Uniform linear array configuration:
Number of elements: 24
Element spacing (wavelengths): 0.5
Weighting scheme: cosine
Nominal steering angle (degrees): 60
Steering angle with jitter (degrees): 59.696
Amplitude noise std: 0.05
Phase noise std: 0.05

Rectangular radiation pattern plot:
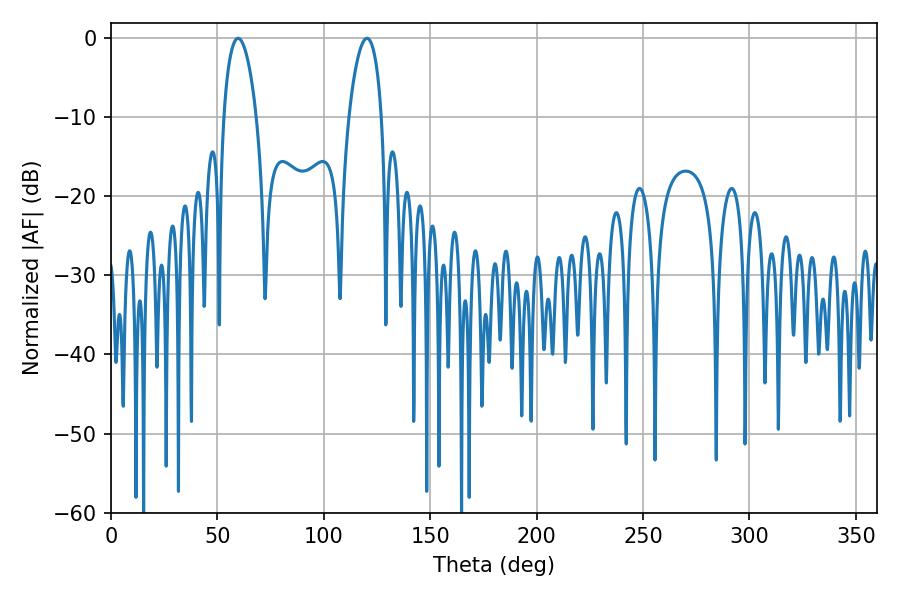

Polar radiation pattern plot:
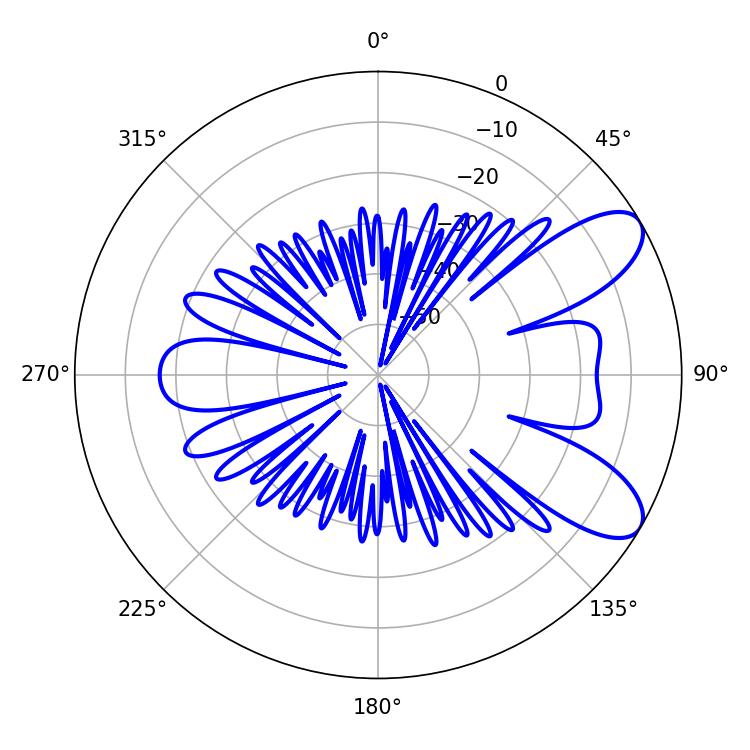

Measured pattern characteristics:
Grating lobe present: FALSE
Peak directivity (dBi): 8.481
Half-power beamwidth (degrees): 8.82
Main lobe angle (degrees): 59.76